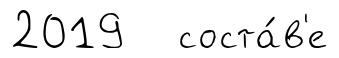
2019 соста́в'е